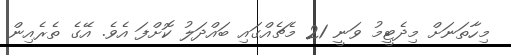
މިހާތަނަށް މިދެޓީމު ވަނީ 21 މެޗެއްގައި ބައްދަލު ކޮށްފަ އެވެ. އޭގެ ތެރެއިން